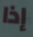
إذا